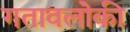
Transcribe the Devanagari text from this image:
गतावलोकी